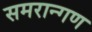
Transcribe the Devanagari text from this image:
समरान्गण